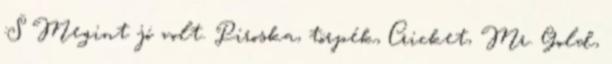
:S Megint jó volt. Piroska, törpék, Cricket, Mr. Gold,